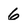
Character: 6